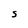
Character: S